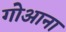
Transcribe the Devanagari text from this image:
गोआना